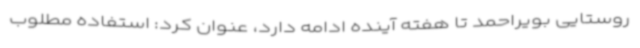
روستایی بویراحمد تا هفته آینده ادامه دارد، عنوان کرد: استفاده مطلوب